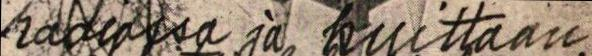
radiossa ja kuittaan